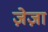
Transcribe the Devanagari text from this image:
ज़ेज़ा